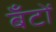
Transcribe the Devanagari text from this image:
बँटों